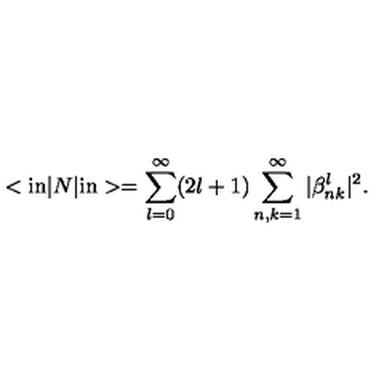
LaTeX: < { \mathrm { i n } } | N | { \mathrm { i n } } > = \sum _ { l = 0 } ^ { \infty } ( 2 l + 1 ) \sum _ { n , k = 1 } ^ { \infty } | \beta _ { n k } ^ { l } | ^ { 2 } .